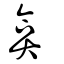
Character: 弇